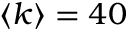
\langle k \rangle = 4 0